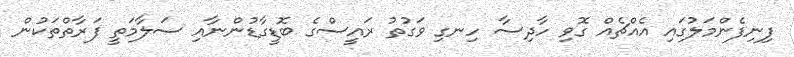
ފިނިފެންމަލުގައި އެއްޗެއް ގޮވި ހާދިސާ ހިނގި ވަގުތު ރައީސްގެ ބޮޑީގާޑުންނާއި ސަލާމަތީ ފަރާތްތަކުން